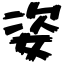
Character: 姿